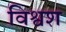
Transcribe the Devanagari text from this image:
विश्वश